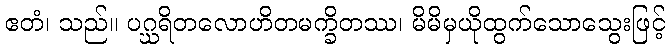
ဧတံ၊ သည်။ ပဂ္ဃရိတလောဟိတမက္ခိတဿ၊ မိမိမှယိုထွက်သောသွေးဖြင့်